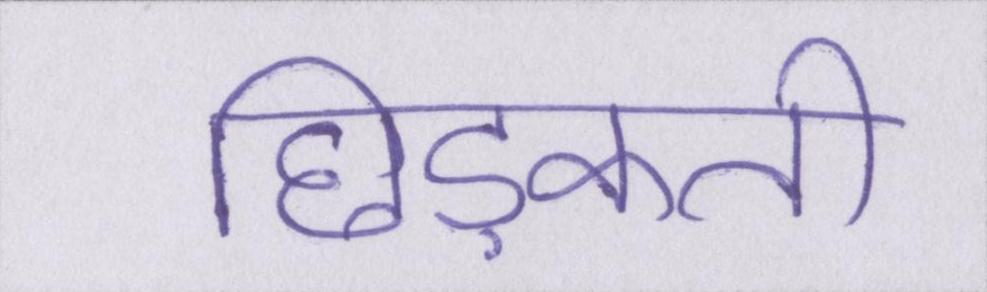
छिड़कती